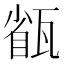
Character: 㼳